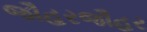
જૌહરજૌહર